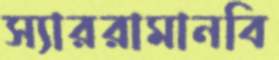
স্যাররামানবি